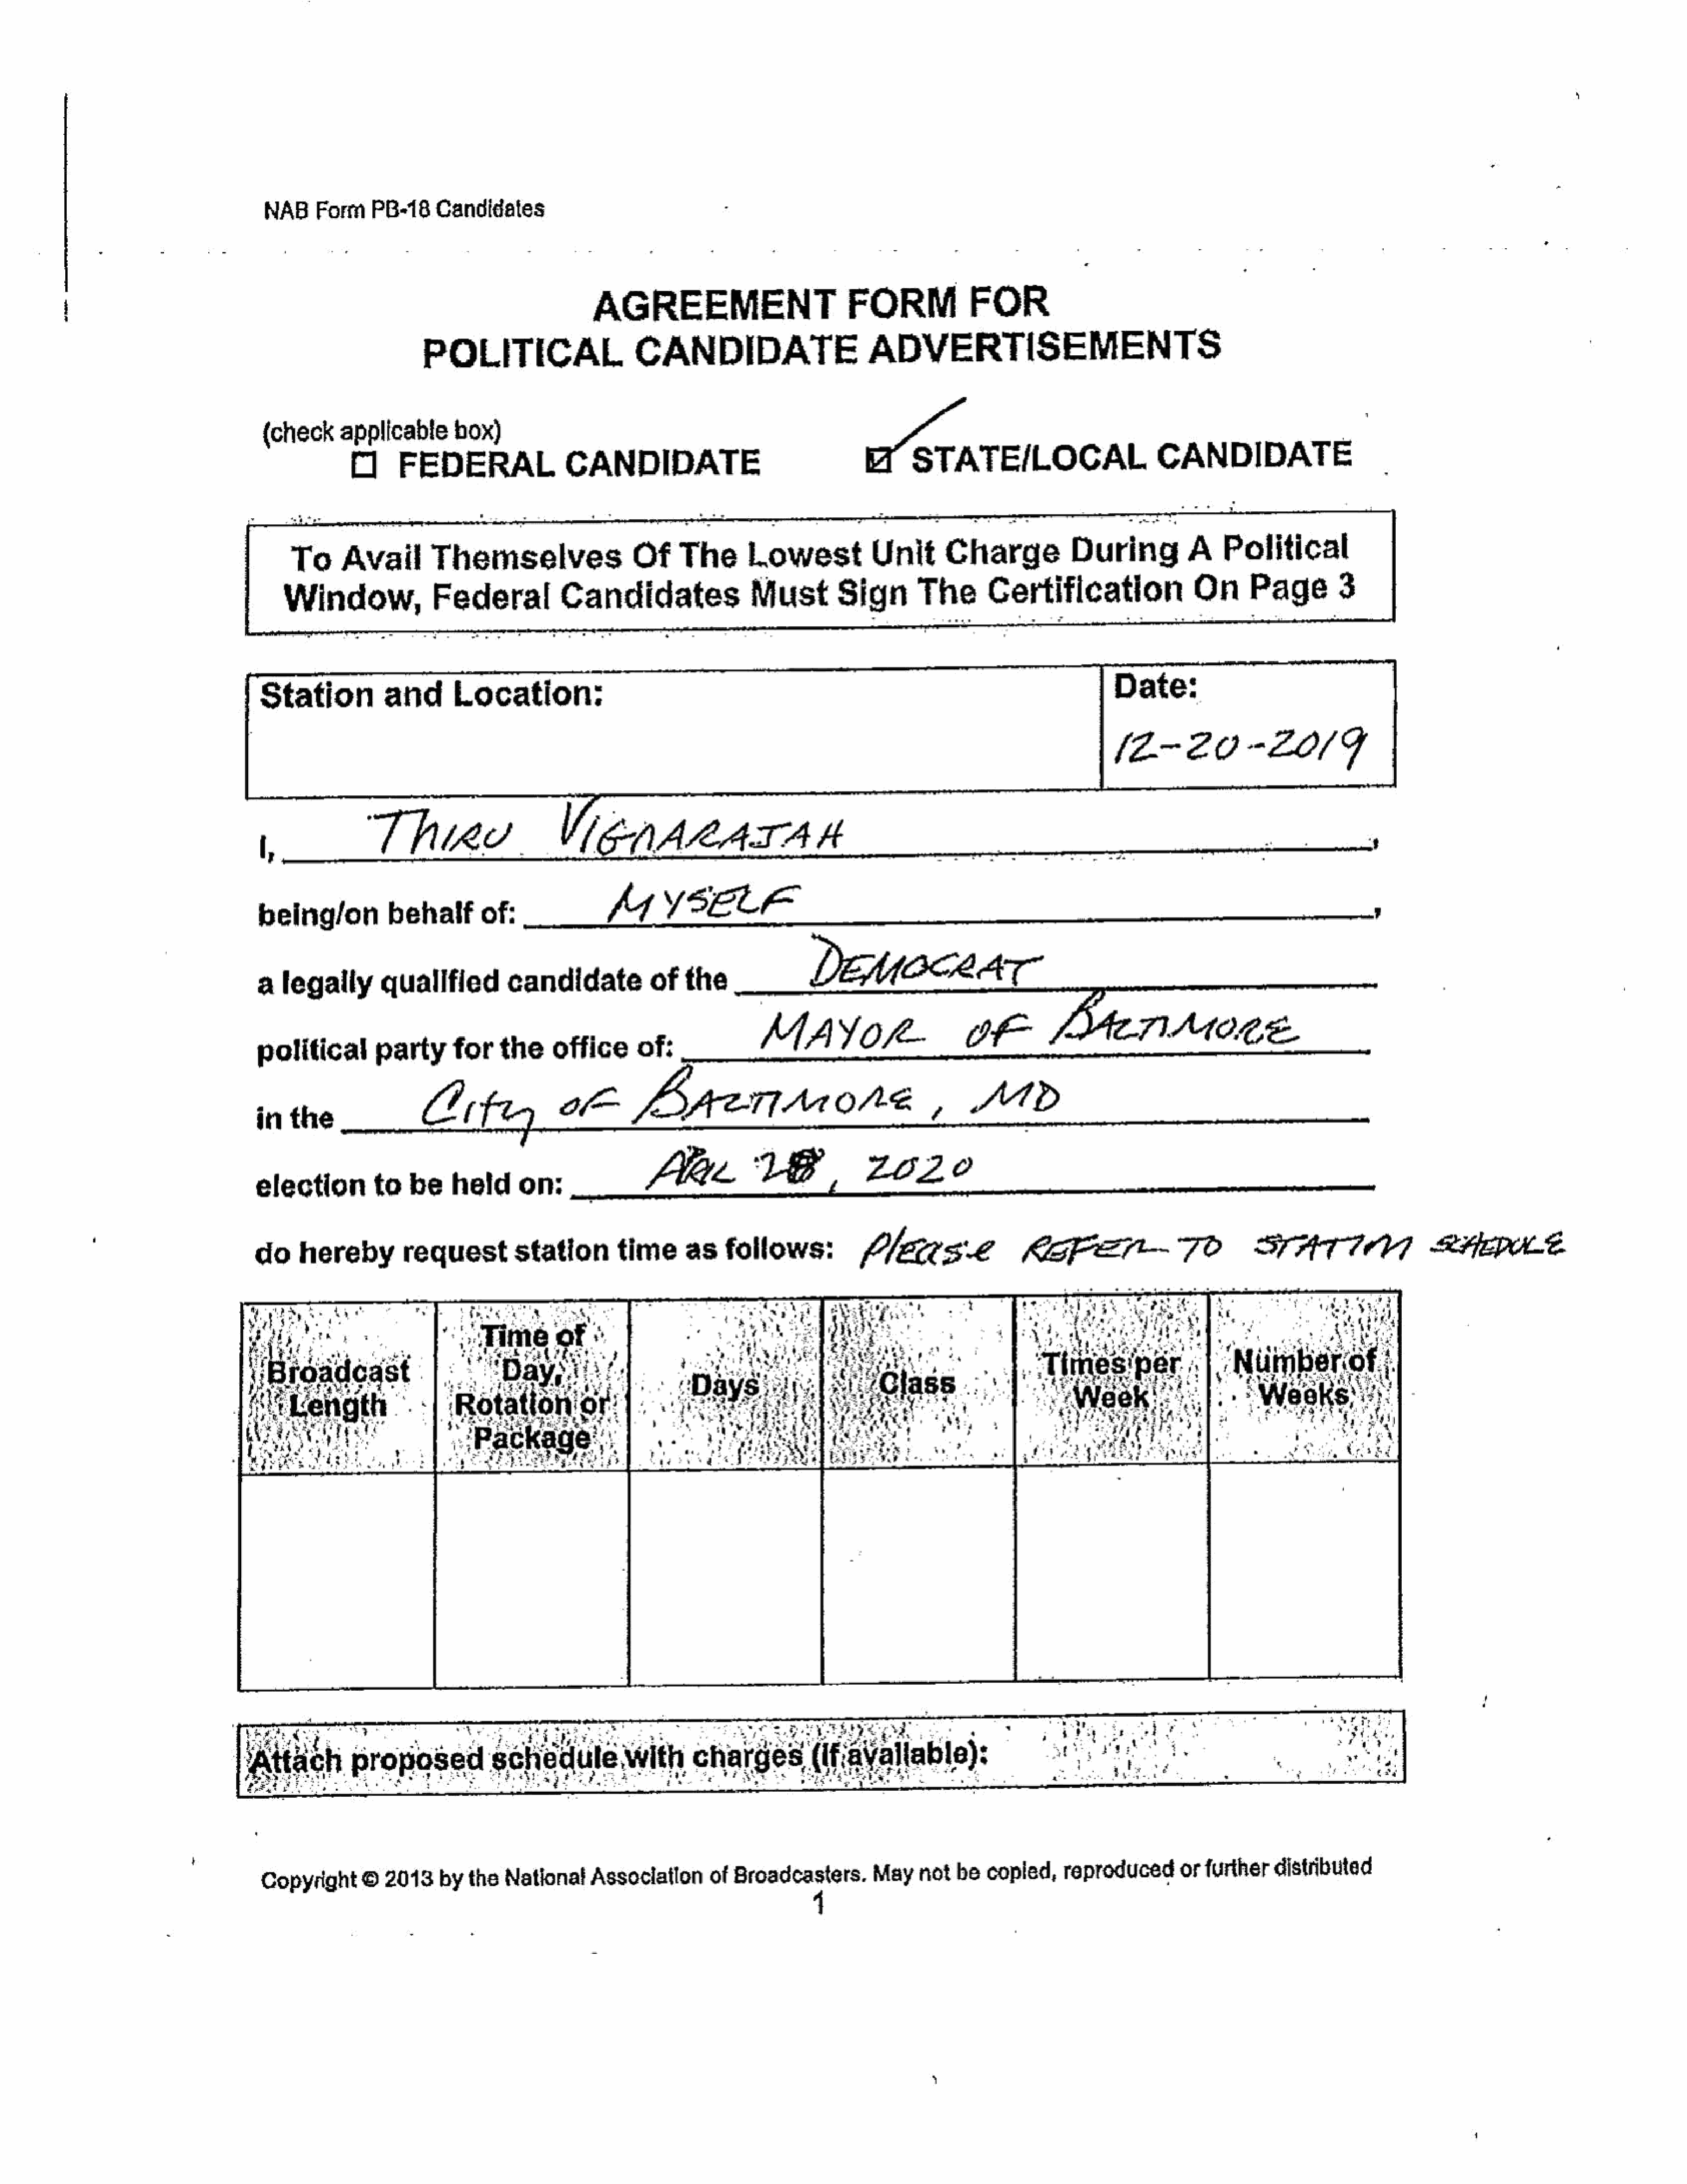
NAB    Form    PB-18    Candidates
 AGREEMENT                           FORM              FOR
 POLITICAL
 CANDIDATE
 ADVERTISEMENTS
 :
 wen
 (check     applicable      box)
 O
 FEDERAL
 CANDIDATE
 STATE/LOCAL                         CANDIDATE                       |
 To     Avail        Themselves                   Of    The       Lowest            Unit      Charge            During           A    Political
 Window,              Federal           Candidates                 Must         Sign       The       Certification                 On      Page        3
 Date:
 Station           and       Location:
 _
 (2-20-ZO/F
 _VGNALATAK
 ,___           Thine
 ’
 being/on           behalf       of:               4       YSELE
 CAT
 a  legally       quallfled          candidate           of   the
 political        party      forthe        office      of:               AYO                          OF                       TAGE
 inthe                  tft                 oF
 Benmore,                                         1d
 election        to    be    held     on:
 (ee             VE,
 2020
 do     hereby         requeststation                time      as    follows:           (lense                 KGPET--FO                        STATI]                   RHEPULE
 Tot
 Copyright      ©  2013    bythe    National    Association      of  Broadcasters.       Maynotbe        copied,    reproduced       or furtherdistributed
 4